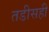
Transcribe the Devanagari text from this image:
तडीसही